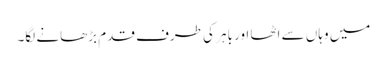
میں وہاں سے اٹھا اور باہر کی طرف قدم بڑھانے لگا۔